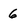
Character: 6